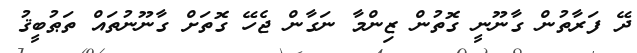
ދޭ ފަރާތުން ގާނޫނީ ގޮތުން ޒިންމާ ނަގާން ޖެހޭ ގޮތަށް ގާނޫނުތައް ތަޠުބީޤު